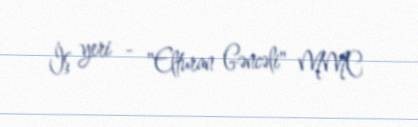
İş yeri - "Elturan Gəncəli" MMC